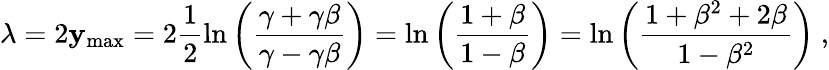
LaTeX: \lambda=2\mathbf{y}_{\mathrm{{max}}}=2\frac{{1}}{{2}}\ln\left(\frac{{\gamma+\gamma\beta}}{{\gamma-\gamma\beta}}\right)=\ln\left(\frac{{1+\beta}}{{1-\beta}}\right)=\ln\left(\frac{{1+\beta^{2}+2\beta}}{{1-\beta^{2}}}\right)~,